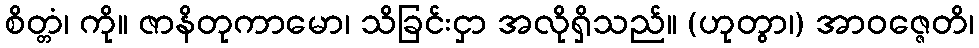
စိတ္တံ၊ ကို။ ဇာနိတုကာမော၊ သိခြင်းငှာ အလိုရှိသည်။ (ဟုတွာ၊) အာဝဇ္ဇေတိ၊